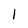
Character: l